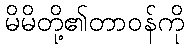
မိမိတို့၏တာဝန်ကို